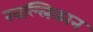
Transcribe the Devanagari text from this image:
खल्लिकान